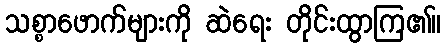
သစ္စာဖောက်များကို ဆဲရေး တိုင်းထွာကြ၏။